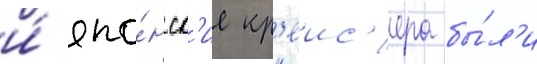
и́ япо́нск'ие кр'еис'ера бы́л'и